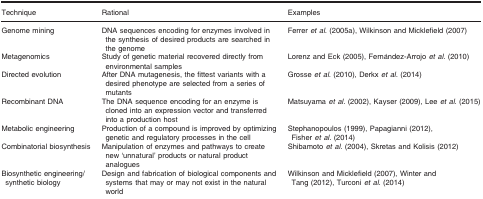
| Technique | Rational | Examples |
 | --- | --- | --- |
 | Genome mining | DNA sequences encoding for enzymes involved in the synthesis of desired products are searched in the genome | Ferrer et al. (2005a), Wilkinson and Micklefield (2007) |
 | Metagenomics | Study of genetic material recovered directly from environmental samples | Lorenz and Eck (2005), Fernández‐Arrojo et al. (2010) |
 | Directed evolution | After DNA mutagenesis, the fittest variants with a desired phenotype are selected from a series of mutants | Grosse et al. (2010), Derkx et al. (2014) |
 | Recombinant DNA | The DNA sequence encoding for an enzyme is cloned into an expression vector and transferred into a production host | Matsuyama et al. (2002), Kayser (2009), Lee et al. (2015) |
 | Metabolic engineering | Production of a compound is improved by optimizing genetic and regulatory processes in the cell | Stephanopoulos (1999), Papagianni (2012), Fisher et al. (2014) |
 | Combinatorial biosynthesis | Manipulation of enzymes and pathways to create new ‘unnatural’ products or natural product analogues | Shibamoto et al. (2004), Skretas and Kolisis (2012) |
 | Biosynthetic engineering/ synthetic biology | Design and fabrication of biological components and systems that may or may not exist in the natural world | Wilkinson and Micklefield (2007), Winter and Tang (2012), Turconi et al. (2014) |